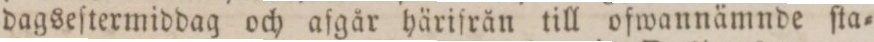
dagseſtermiddag och afgår härifrån till ofwannämnde ſta=